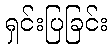
ရှင်းပြခြင်း